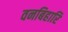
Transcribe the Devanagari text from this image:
वनबिहारि